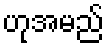
ဟုအမည်